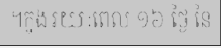
។ក្នុងរយៈពេល ១៦ ថ្ងៃ នៃ